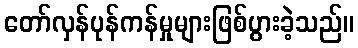
တော်လှန်ပုန်ကန်မှုများဖြစ်ပွားခဲ့သည်။